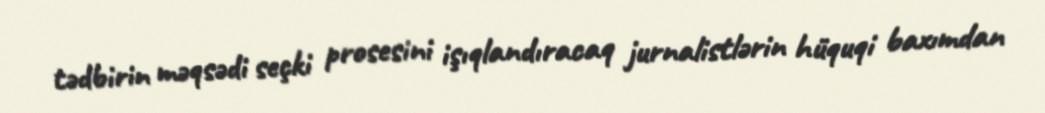
tədbirin məqsədi seçki prosesini işıqlandıracaq jurnalistlərin hüquqi baxımdan